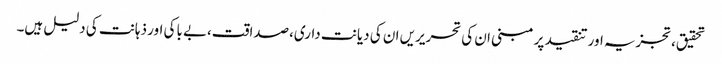
تحقیق،تجزیہ اور تنقید پر مبنی ان کی تحریریں ان کی دیانت داری،صداقت،بے باکی اور ذہانت کی دلیل ہیں۔